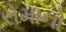
રોમાનો